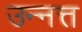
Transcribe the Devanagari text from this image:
उन्नत्त